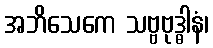
အဘိသေကေ သဗ္ဗဗုဒ္ဓါနံ၊